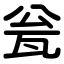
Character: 瓮